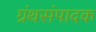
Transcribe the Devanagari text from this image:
ग्रंथसंपादक